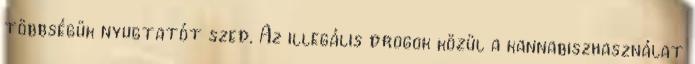
többségük nyugtatót szed. Az illegális drogok közül a kannabiszhasználat